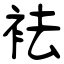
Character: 袪